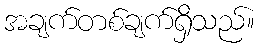
အချက်တစ်ချက်ရှိသည်။